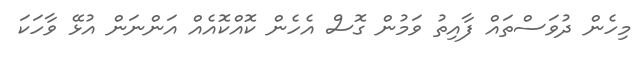
މިހެން ދުވަސްތައް ފާއިތު ވަމުން ގޮސް އެހެން ކޮއްކޮއެއް އަންނަން އުޅޭ ވާހަކަ